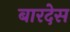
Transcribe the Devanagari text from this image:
बारदेस